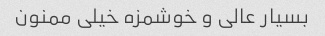
بسیار عالی و خوشمزه خیلی ممنون